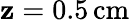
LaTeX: \mathbf{z}=0.5\, \mathrm{{cm}}